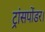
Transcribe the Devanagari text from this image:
ट्रांसपोंडर।